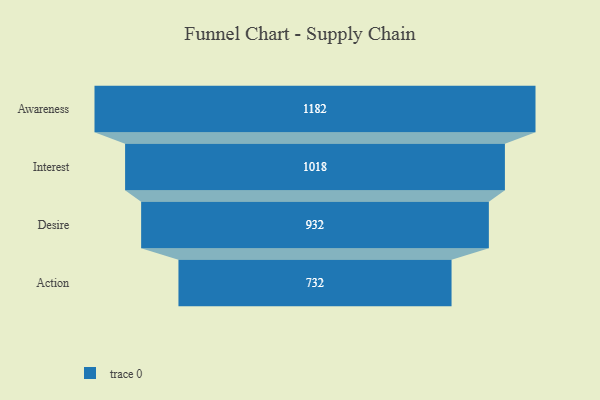
{"axis": {"x": "Stage", "y": "Value"}, "legend": [""], "data": [{"x": "Awareness", "y": 1182.0, "type": ""}, {"x": "Interest", "y": 1018.0, "type": ""}, {"x": "Desire", "y": 932.0, "type": ""}, {"x": "Action", "y": 732.0, "type": ""}]}